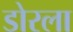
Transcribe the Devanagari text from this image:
डोरला